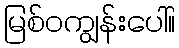
မြစ်ဝကျွန်းပေါ်။